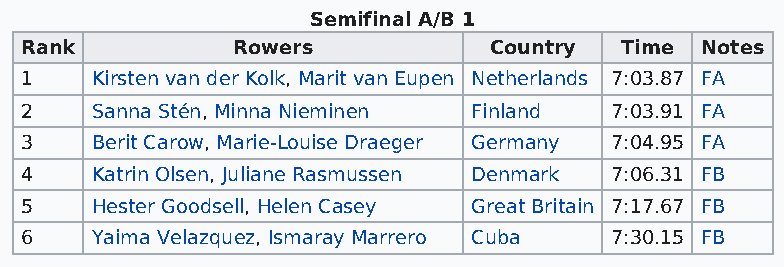
Semifinal A/B 1
 Rank          Rowers           Country  Time Notes
 1    Kirsten van der Kolk, Marit van Eupen Netherlands 7:03.87 FA
 2    Sanna Stén, Minna Nieminen Finland 7:03.91 FA
 3    Berit Carow, Marie-Louise Draeger Germany 7:04.95 FA
 4    Katrin Olsen, Juliane Rasmussen Denmark 7:06.31 FB
 5    Hester Goodsell, Helen Casey Great Britain 7:17.67 FB
 6    Yaima Velazquez, Ismaray Marrero Cuba 7:30.15 FB